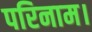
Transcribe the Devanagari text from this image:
परिनाम।